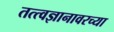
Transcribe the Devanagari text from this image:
तत्त्वज्ञानावरच्या